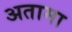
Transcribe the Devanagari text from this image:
अतामा